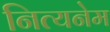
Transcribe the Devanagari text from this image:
नित्यनेम